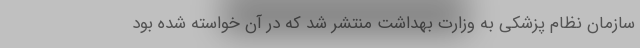
سازمان نظام پزشکی به وزارت بهداشت منتشر شد که در آن خواسته شده بود